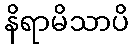
နိရာမိသာပိ